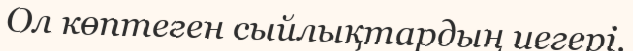
Ол көптеген сыйлықтардың иегері.